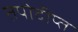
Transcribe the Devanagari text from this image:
तपोदीप्त